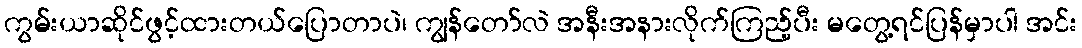
ကွမ်းယာဆိုင်ဖွင့်ထားတယ်ပြောတာပဲ၊ ကျွန်တော်လဲ အနီးအနားလိုက်ကြည့်ပီး မတွေ့ရင်ပြန်မှာပါ အင်း